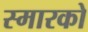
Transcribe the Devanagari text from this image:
स्मारको